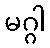
မဂ္ဂါ